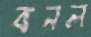
বনল